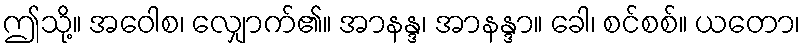
ဤသို့။ အဝေါစ၊ လျှောက်၏။ အာနန္ဒ၊ အာနန္ဒာ။ ခေါ၊ စင်စစ်။ ယတော၊